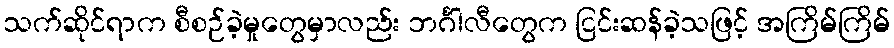
သက်ဆိုင်ရာက စီစဉ်ခဲ့မှုတွေမှာလည်း ဘင်္ဂါလီတွေက ငြင်းဆန်ခဲ့သဖြင့် အကြိမ်ကြိမ်